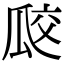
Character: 㼎